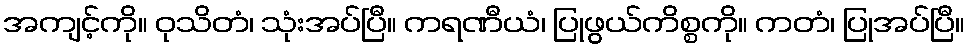
အကျင့်ကို။ ဝုသိတံ၊ သုံးအပ်ပြီ။ ကရဏီယံ၊ ပြုဖွယ်ကိစ္စကို။ ကတံ၊ ပြုအပ်ပြီ။